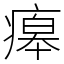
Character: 㿁